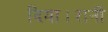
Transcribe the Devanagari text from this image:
दिया।रानी